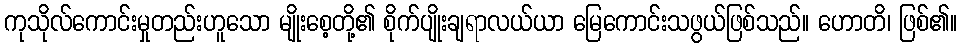
ကုသိုလ်ကောင်းမှုတည်းဟူသော မျိုးစေ့တို့၏ စိုက်ပျိုးချရာလယ်ယာ မြေကောင်းသဖွယ်ဖြစ်သည်။ ဟောတိ၊ ဖြစ်၏။